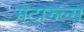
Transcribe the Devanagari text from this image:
मेटारुल्स